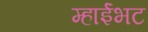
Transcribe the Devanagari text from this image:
म्हाईंभट